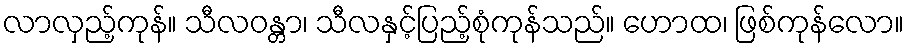
လာလှည့်ကုန်။ သီလဝန္တာ၊ သီလနှင့်ပြည့်စုံကုန်သည်။ ဟောထ၊ ဖြစ်ကုန်လော။